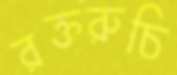
রক্তরুচি